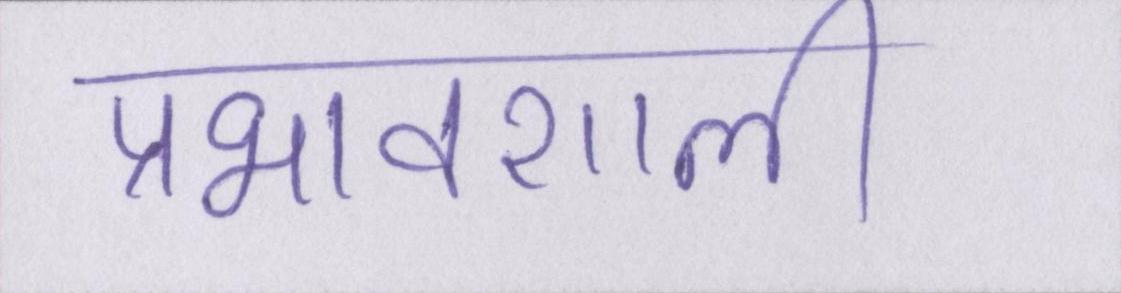
प्रभावशाली